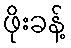
ဖိုးခန့်